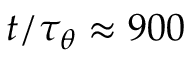
t / \tau _ { \theta } \approx 9 0 0